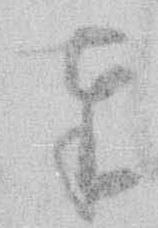
奉